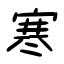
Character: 寒